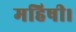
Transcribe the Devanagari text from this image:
महिषी।